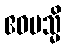
ဧဝမသ္မိ